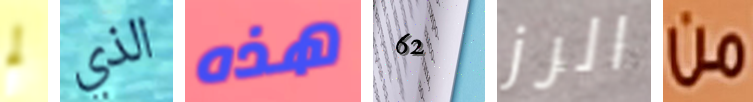
لم الذي هذه 62 الرز من